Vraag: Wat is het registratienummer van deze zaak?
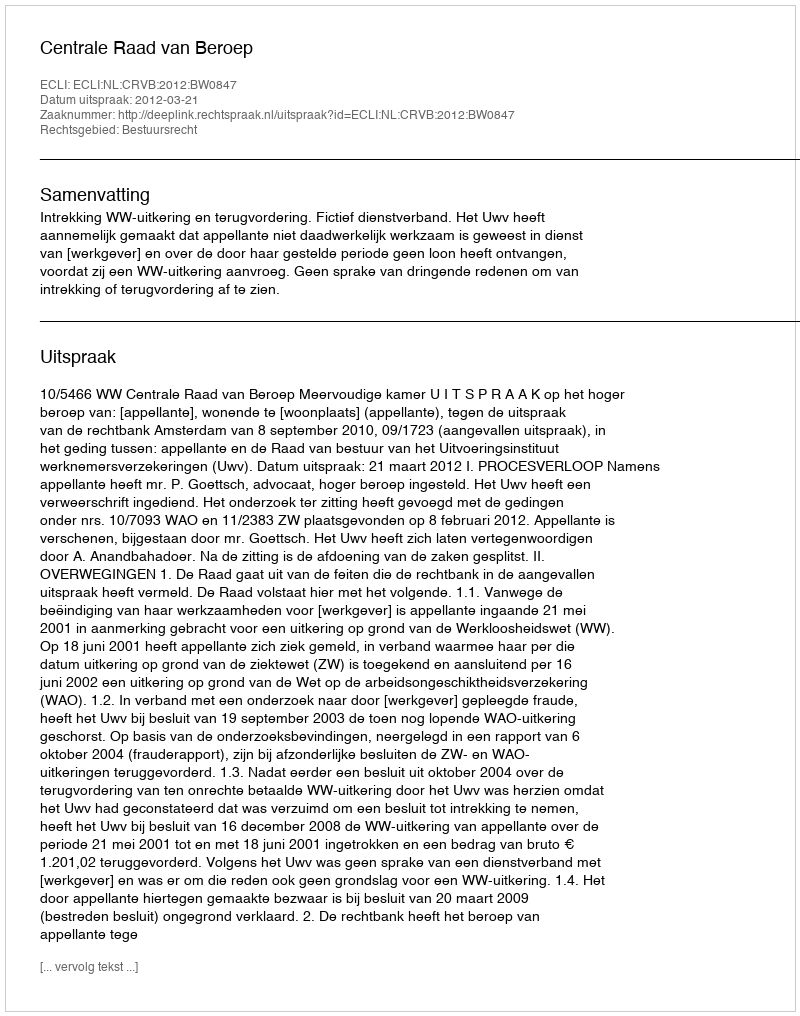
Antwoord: http://deeplink.rechtspraak.nl/uitspraak?id=ECLI:NL:CRVB:2012:BW0847